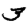
Digit: 3